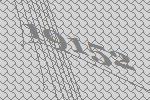
19152